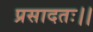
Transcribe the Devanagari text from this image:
प्रसादतः।।